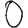
Digit: 0